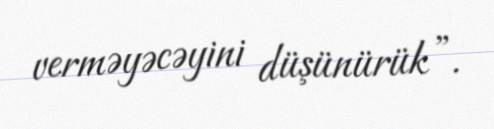
verməyəcəyini düşünürük”.